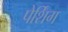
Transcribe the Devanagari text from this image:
पेर्शिंग